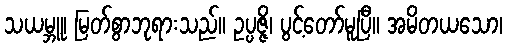
သယမ္ဘူ၊ မြတ်စွာဘုရားသည်။ ဥပ္ပဇ္ဇိ၊ ပွင့်တော်မူပြီ။ အမိတယသော၊